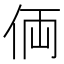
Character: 𠈓